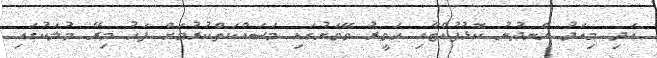
އަދި މިއަދު ހެނދުނު ކޮޅުފުއްޓާއި ހަވީރު ވޭވަށުގައި މަސައްކަތްކުރުމަށް ފަހު މިރޭ މުލަކުގައި